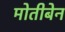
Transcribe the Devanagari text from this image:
मोतीबेन